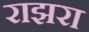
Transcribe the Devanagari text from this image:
राझरा